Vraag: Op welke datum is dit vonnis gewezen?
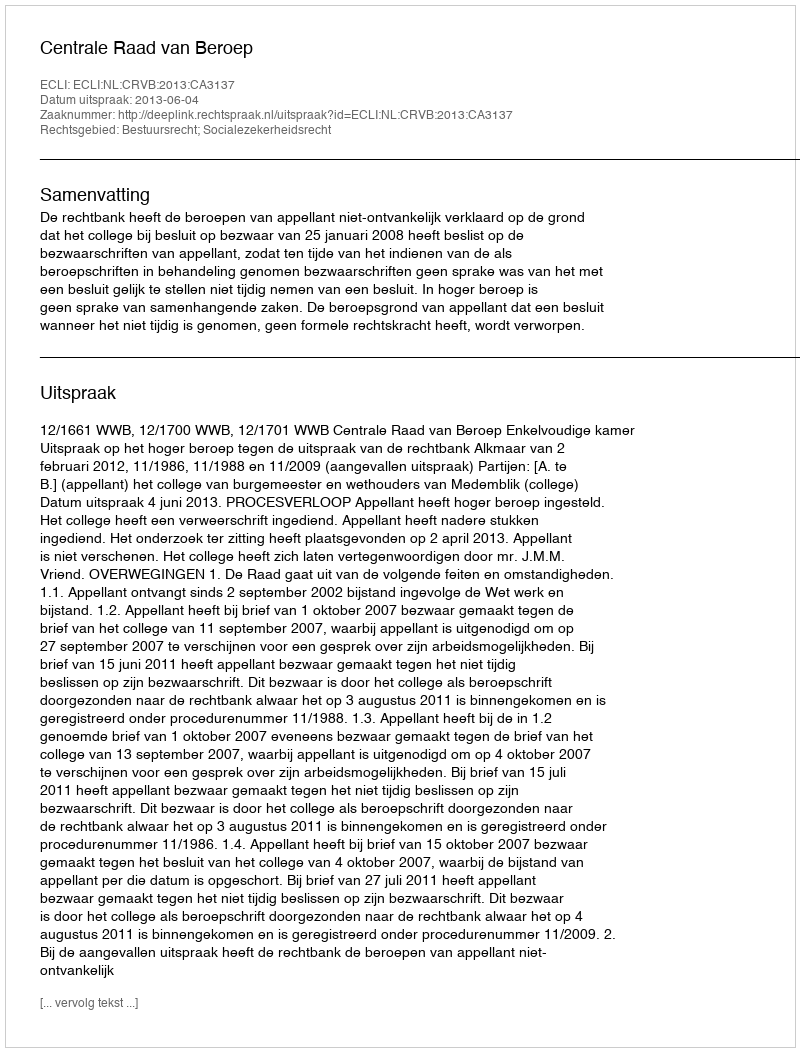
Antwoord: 2013-06-04